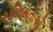
રચિયતાઓ